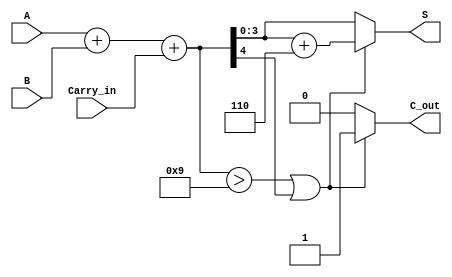
module BCD_Fast_Adder (
    input [3:0] A,        // First BCD digit
    input [3:0] B,        // Second BCD digit
    input Carry_in,       // Carry input from previous addition
    output reg [3:0] S,   // BCD sum output
    output reg C_out      // Carry output
);

    // Intermediate signals
    wire [4:0] Sum;       // 5-bit sum to accommodate carry
    wire correction_needed; // Flag for correction

    // Step 1: Perform binary addition
    assign Sum = A + B + Carry_in;

    // Step 2: Determine if correction is needed
    assign correction_needed = (Sum > 9) || (Sum[4]);

    // Step 3: Correct the sum if necessary
    always @(*) begin
        if (correction_needed) begin
            S = Sum + 5'd6; // Add 6 for BCD correction
            C_out = 1'b1;   // Set carry out
        end else begin
            S = Sum[3:0];   // No correction needed, take lower 4 bits
            C_out = 1'b0;   // No carry out
        end
    end

endmodule